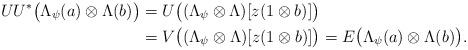
LaTeX: \begin{align*}UU^*\bigl(\Lambda_{\psi}(a)\otimes\Lambda(b)\bigr)&=U\bigl((\Lambda_{\psi}\otimes\Lambda)[z(1\otimes b)]\bigr) \\&=V\bigl((\Lambda_{\psi}\otimes\Lambda)[z(1\otimes b)]\bigr)=E\bigl(\Lambda_{\psi}(a)\otimes\Lambda(b)\bigr).\end{align*}